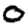
Digit: 0